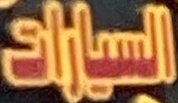
السیارات